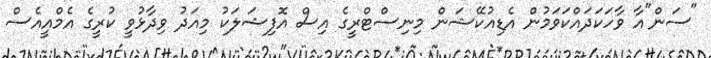
"ސަން"އާ ވާހަކަދައްކަވަމުން އެޑިއުކޭޝަން މިނިސްޓްރީގެ އިސް އޮފިޝަލަކު މިއަދު ވިދާޅުވީ ކުރީގެ އެމްއީއެސް